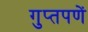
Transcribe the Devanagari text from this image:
गुप्‍तपणें